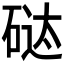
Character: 𱴍